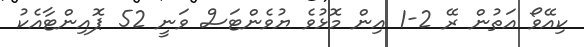
ކިއޭވޯ އަތުން ރޭ 2-1 އިން މޮޅުވެ ޔުވެންޓަސް ވަނީ 52 ޕޮއިންޓާއެކު